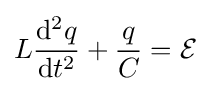
L{\mathrm {d} ^{2}q \over \mathrm {d} t^{2}}+{q \over C}={\mathcal {E}}\,\!